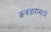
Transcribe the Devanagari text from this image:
कवड्यांमध्ये